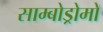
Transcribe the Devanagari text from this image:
साम्बोड्रोमो